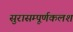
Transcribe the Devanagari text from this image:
सुरासम्पूर्णकलशं